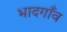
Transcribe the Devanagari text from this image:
भादगाँव